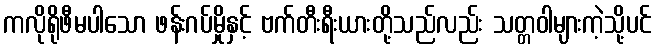
ကလိုရိုဖီမပါသော ဖန်းဂပ်မှိုနှင့် ဗက်တီးရီးယားတို့သည်လည်း သတ္တဝါများကဲ့သို့ပင်